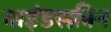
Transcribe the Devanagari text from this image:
माइंडस्क्रीन